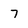
Character: 7